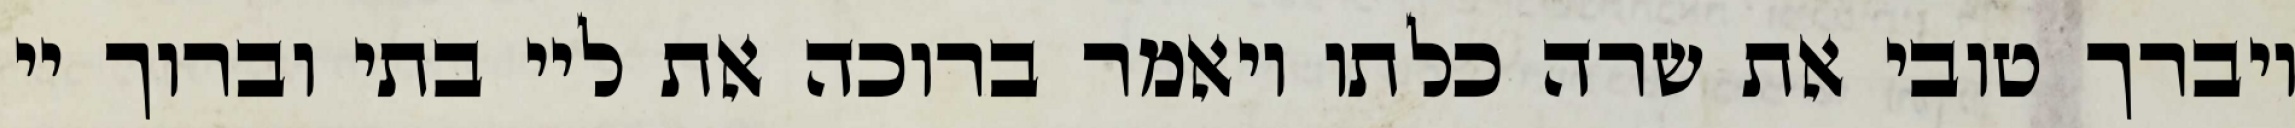
ויברך טובי את שרה כלתו ויאמר ברוכה את ליי בתי וברוך יי